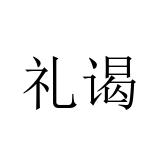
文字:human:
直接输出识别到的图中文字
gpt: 礼谒